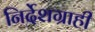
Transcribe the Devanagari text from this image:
निर्देशग्राही